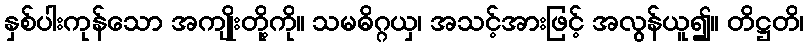
နှစ်ပါးကုန်သော အကျိုးတို့ကို။ သမဓိဂ္ဂယှ၊ အသင့်အားဖြင့် အလွန်ယူ၍။ တိဋ္ဌတိ၊